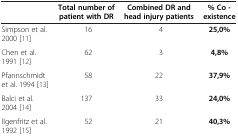
<table><thead><tr><td><b> </b></td><td><b>Total number of patient with DR</b></td><td><b>Combined DR and head injury patients</b></td><td><b>% Co - existence</b></td></tr></thead><tbody><tr><td>Simpson et al. 2000 [11]</td><td>16</td><td>4</td><td><b>25,0%</b></td></tr><tr><td>Chen et al. 1991 [12]</td><td>62</td><td>3</td><td><b>4,8%</b></td></tr><tr><td>Pfannschmidt et al. 1994 [13]</td><td>58</td><td>22</td><td><b>37,9%</b></td></tr><tr><td>Balci et al. 2004 [14]</td><td>137</td><td>33</td><td><b>24,0%</b></td></tr><tr><td>Ilgenfritz et al. 1992 [15]</td><td>52</td><td>21</td><td><b>40,3%</b></td></tr></tbody></table>